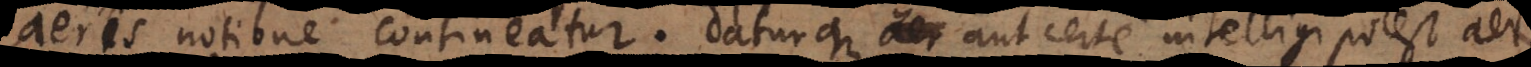
aëris notione contineatur. Daturque aër aut certe intelligi potest aër